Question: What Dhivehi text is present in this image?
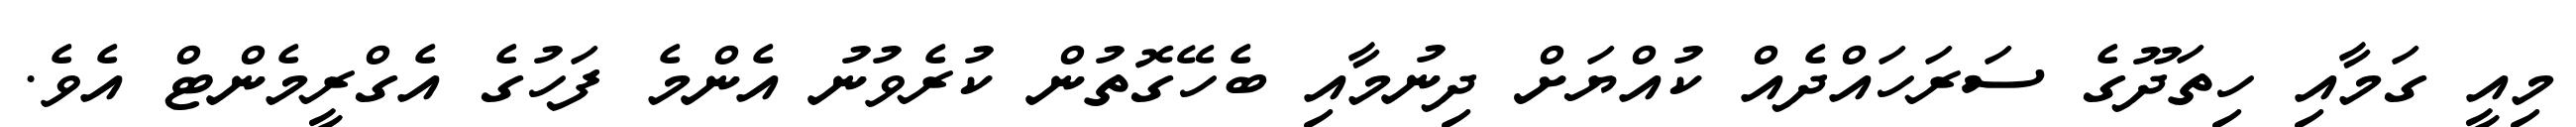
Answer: މިއީ ގަމާއި ހިތަދޫގެ ސަރަހައްދެއް ކުއްޔަށް ދިނުމާއި ބެހޭގޮތުން ކުރެވުނު އެންމެ ފަހުގެ އެގްރީމެންޓް އެވެ.